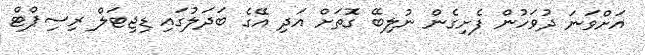
އަށްވަނަ ދުވަހުން ފެށިގެން ނުލިބޭ ގޮތަށް އަދި އޭގެ ބަދަލުގައި ޑިޖިޓަލް ރިސިޕްޓް